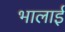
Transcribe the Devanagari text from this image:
भालाई